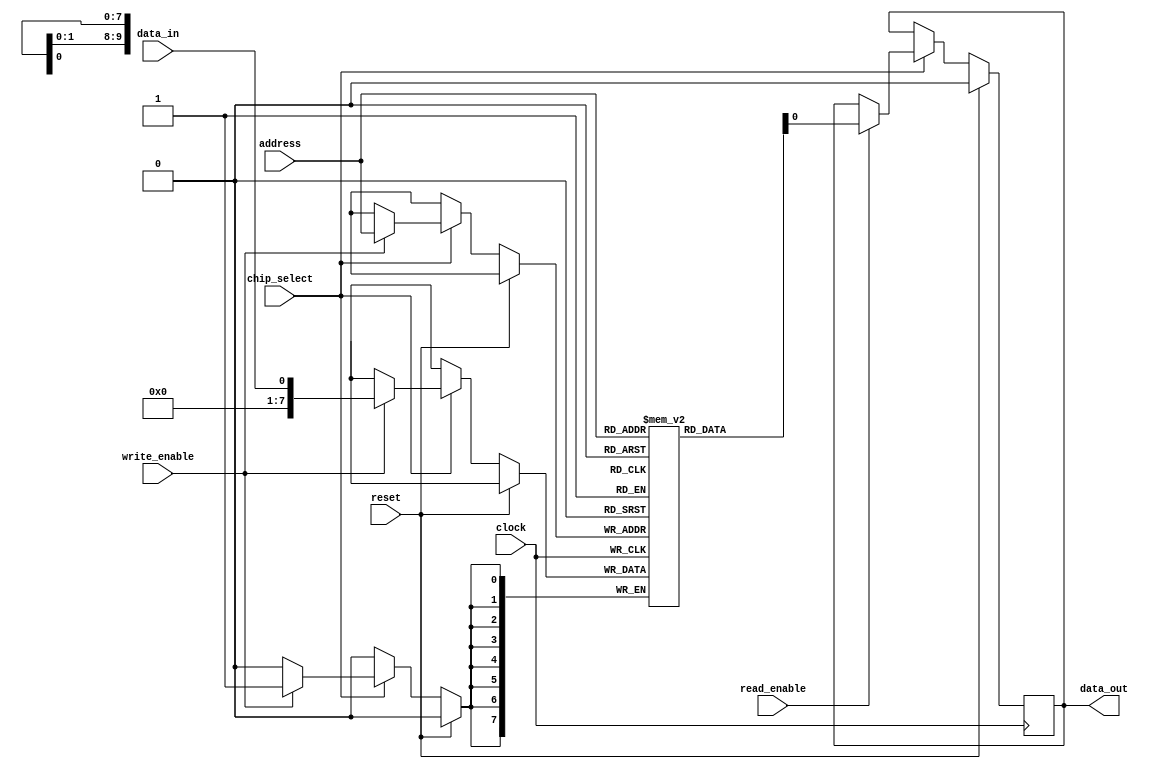
module MRAM (
  input wire clock,
  input wire reset,
  input wire chip_select,
  input wire read_enable,
  input wire write_enable,
  input wire [9:0] address,
  input wire data_in,
  output reg data_out
);

reg [7:0] memory [0:1023]; // 1024 memory cells, each storing 1 bit of data

always @(posedge clock) begin
  if (reset) begin
    data_out <= 1'b0;
  end else begin
    if (chip_select) begin
      if (read_enable) begin
        data_out <= memory[address];
      end
      if (write_enable) begin
        memory[address] <= data_in;
      end
    end
  end
end

endmodule